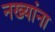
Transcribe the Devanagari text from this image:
नख्यांना